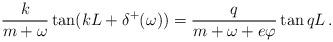
LaTeX: \begin{align*}\frac{k}{m+\omega} \tan(kL + \delta^+(\omega)) = \frac{q}{m+\omega+e\varphi}\tan qL \, .\end{align*}